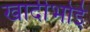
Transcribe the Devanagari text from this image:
खादीभोई